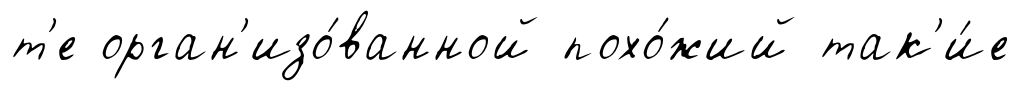
т'е орган'изо́ванной похо́жий так'и́е